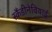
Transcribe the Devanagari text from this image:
स्कैंडीनेवियाई